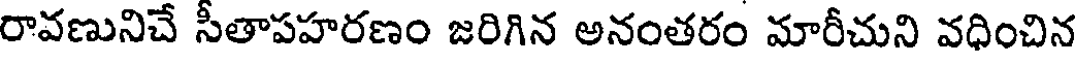
రావణునిచే సీతాపహరణం జరిగిన అనంతరం మారీచుని వధించిన